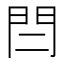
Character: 𨳎